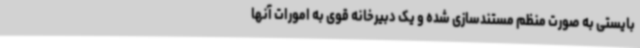
بایستی به صورت منظم مستندسازی شده و یک دبیرخانه قوی به امورات آنها